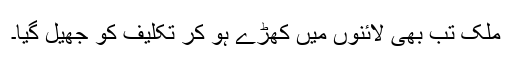
ملک تب بھی لائنوں میں کھڑے ہو کر تکلیف کو جھیل گیا۔